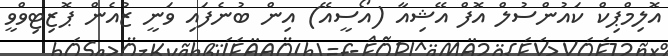
އޮލިމްޕިކް ކައުންސުލް އޮފް އޭޝިއާ (އޯސީއޭ) އިން ބުނެފައި ވަނީ ޒުއެން ޕޮޒިޓިވްވީ